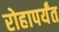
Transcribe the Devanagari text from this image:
रोहापर्यंत